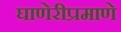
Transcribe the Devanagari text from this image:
घाणेरीप्रमाणे